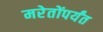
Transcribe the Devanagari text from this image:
मरेतोंपर्यंत